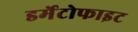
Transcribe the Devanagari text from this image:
डर्मेटोफाइट